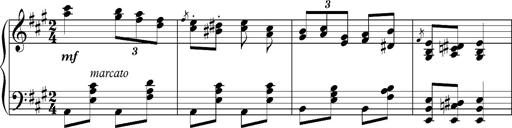
Title: Album-Leaf in A major 'Friska'
Composer: Franz Liszt
Key: A major